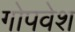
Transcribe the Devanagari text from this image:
गोपवेश